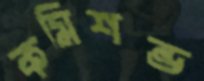
কমিশন্ড